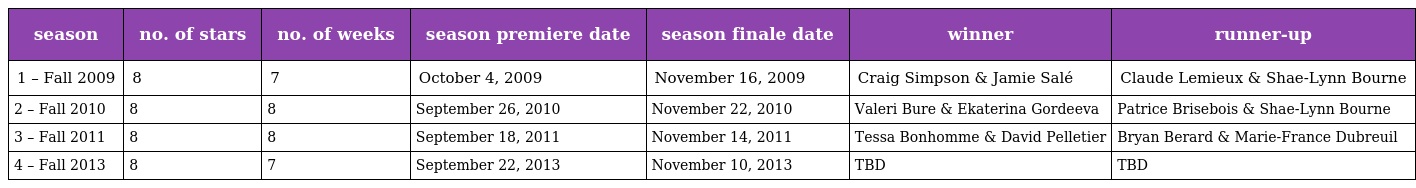
| season | no. of stars | no. of weeks | season premiere date | season finale date | winner | runner-up |
 | --- | --- | --- | --- | --- | --- | --- |
 | 1 – Fall 2009 | 8 | 7 | October 4, 2009 | November 16, 2009 | Craig Simpson & Jamie Salé | Claude Lemieux & Shae-Lynn Bourne |
 | 2 – Fall 2010 | 8 | 8 | September 26, 2010 | November 22, 2010 | Valeri Bure & Ekaterina Gordeeva | Patrice Brisebois & Shae-Lynn Bourne |
 | 3 – Fall 2011 | 8 | 8 | September 18, 2011 | November 14, 2011 | Tessa Bonhomme & David Pelletier | Bryan Berard & Marie-France Dubreuil |
 | 4 – Fall 2013 | 8 | 7 | September 22, 2013 | November 10, 2013 | TBD | TBD |